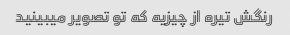
رنگش تیره از چیزیه که تو تصویر میبینید